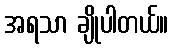
အရသာ ချိုပါတယ်။